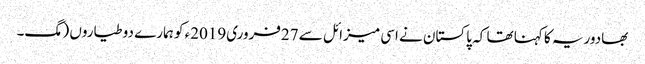
بھادوریہ کا کہنا تھا کہ پاکستان نے اسی میزائل سے 27فروری2019ء کو ہمارے دو طیاروں (مگ۔